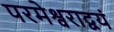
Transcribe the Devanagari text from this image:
परमेश्वराद्वयं